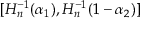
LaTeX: [ H _ { n } ^ { - 1 } ( \alpha _ { 1 } ) , H _ { n } ^ { - 1 } ( 1 - \alpha _ { 2 } ) ]